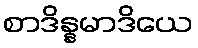
စာဒိန္နမာဒိယေ